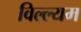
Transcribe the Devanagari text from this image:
विल्ल्यम